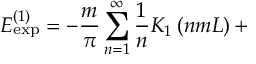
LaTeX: E _ { \exp } ^ { \left( 1 \right) } = - \frac m \pi \sum _ { n = 1 } ^ { \infty } \frac 1 n K _ { 1 } \left( n m L \right) +